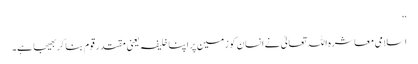
‘‘
اسلامی معاشرہ اللہ تعالیٰ نے انسان کو زمین پر اپنا خلیفہ یعنی مقتدر قوم بنا کر بھیجا ہے۔